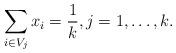
LaTeX: \begin{align*}\sum_{i\in V_{j}}x_{i}=\frac{1}{k},j=1,\ldots,k. \end{align*}